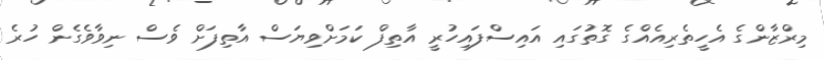
މިރްޒާންގެ އެހީތެރިއެއްގެ ގޮތުގައި އައިސްފައިހުރީ އާތިފް ކަމަށްވިޔަސް އާތިފަށް ވެސް ނިވާވެގެން ހުރެ